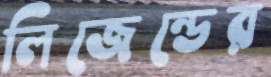
লিজেন্ডের